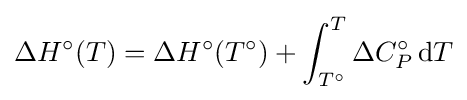
\Delta H^{\circ }\!\left(T\right)=\Delta H^{\circ }\!\left(T^{\circ }\right)+\int _{T^{\circ }}^{T}\Delta C_{P}^{\circ }\,\mathrm {d} T